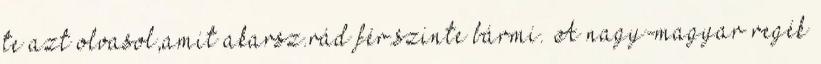
te azt olvasol,amit akarsz.rád fér.szinte bármi. A nagy-magyar regék